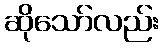
ဆိုသော်လည်း